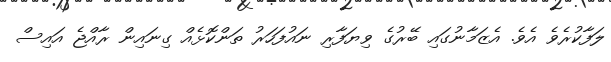
ލަފާކުރެވެ އެވެ. އެޒަމާނުގައި ބޭރުގެ ވިޔަފާރި ނައުފަހަރު ތަންކޮޅެއް ގިނައިން ރާއްޖެ އައިސް